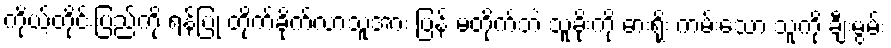
ကိုယ့်တိုင်းပြည်ကို ရန်ပြု တိုက်ခိုက်လာသူအား ပြန် မတိုက်ဘဲ သူခိုးကို ဓားရိုး ကမ်းသော သူကို ချီးမွမ်း